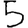
Digit: 5